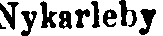
Nykarleby